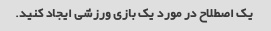
یک اصطلاح در مورد یک بازی ورزشی ایجاد کنید.